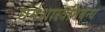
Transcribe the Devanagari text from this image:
धर्मशास्त्रनिबन्ध